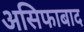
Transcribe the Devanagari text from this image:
असिफाबाद